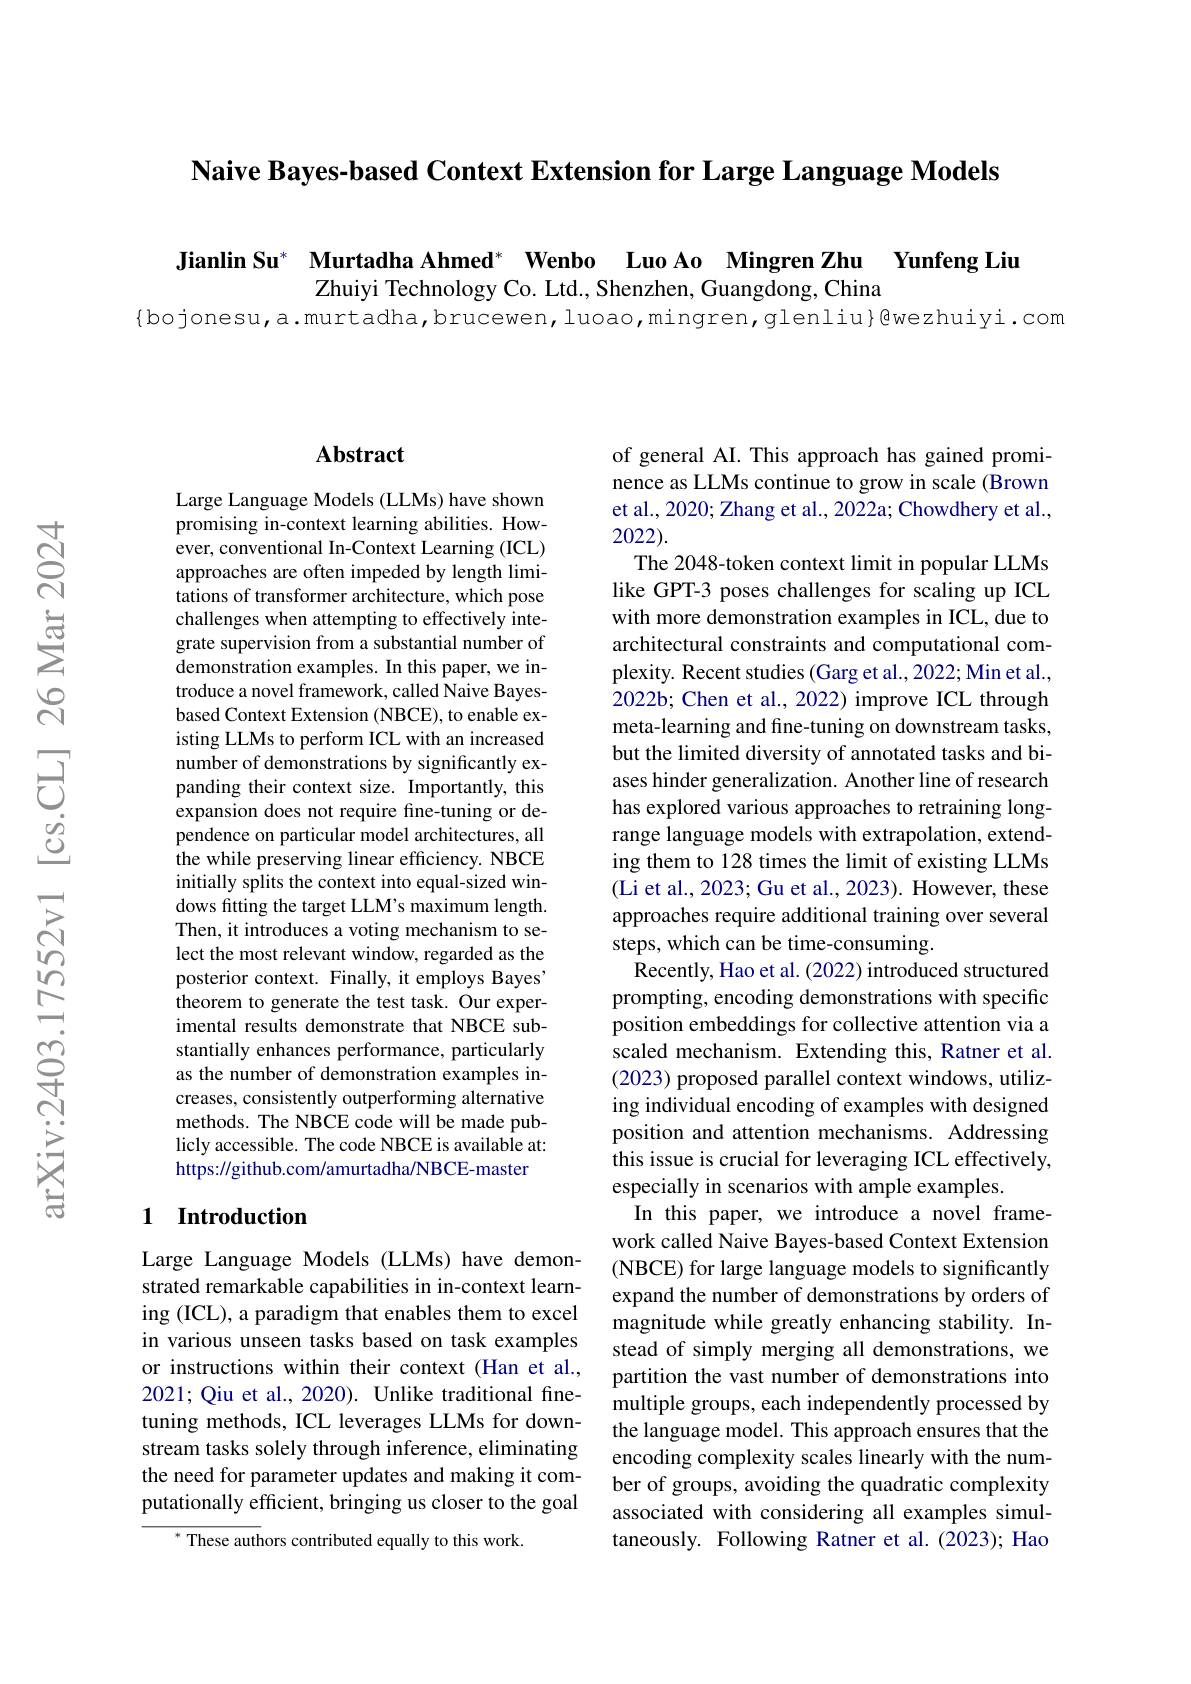
Naive Bayes-based Context Extension for Large Language Models

Jianlin Su* Murtadha Ahmed* Wenbo Luo Ao Mingren Zhu Yunfeng Liu

Zhuiyi Technology Co. Ltd., Shenzhen, Guangdong, China
{bojonesu,a.murtadha,brucewen,luoao,mingren,glenliu}@wezhuiyi.com

## Abstract

Large Language Models (LLMs) have shown promising in-context learning abilities. However, conventional In-Context Learning (ICL) approaches are often impeded by length limitations of transformer architecture, which pose challenges when attempting to effectively integrate supervision from a substantial number of demonstration examples. In this paper, we introduce a novel framework, called Naive Bayesbased Context Extension (NBCE), to enable existing LLMs to perform ICL with an increased number of demonstrations by significantly expanding their context size. Importantly, this expansion does not require fine-tuning or dependence on particular model architectures, all the while preserving linear efficiency. NBCE initially splits the context into equal-sized windows fitting the target LLM's maximum length. Then, it introduces a voting mechanism to select the most relevant window, regarded as the posterior context. Finally, it employs Bayes' theorem to generate the test task. Our experimental results demonstrate that NBCE substantially enhances performance, particularly as the number of demonstration examples increases, consistently outperforming alternative methods. The NBCE code will be made publicly accessible. The code NBCE is available at: https://github.com/amurtadha/NBCE-master

## 1 Introduction

Large Language Models (LLMs) have demonstrated remarkable capabilities in in-context learning (ICL), a paradigm that enables them to excel in various unseen tasks based on task examples or instructions within their context (Han et al., 2021; Qiu et al., 2020). Unlike traditional finetuning methods, ICL leverages LLMs for downstream tasks solely through inference, eliminating the need for parameter updates and making it computationally efficient, bringing us closer to the goal
These authors contributed equally to this work.

of general AI. This approach has gained prominence as LLMs continue to grow in scale (Brown et al., 2020; Zhang et al., 2022a; Chowdhery et al., 2022).
The 2048-token context limit in popular LLMs like GPT-3 poses challenges for scaling up ICL with more demonstration examples in ICL, due to architectural constraints and computational complexity. Recent studies (Garg et al., 2022; Min et al., 2022b; Chen et al., 2022) improve ICL through meta-learning and fine-tuning on downstream tasks, but the limited diversity of annotated tasks and biases hinder generalization. Another line of research has explored various approaches to retraining longrange language models with extrapolation, extending them to 128 times the limit of existing LLMs (Li et al., 2023; Gu et al., 2023). However, these approaches require additional training over several steps, which can be time-consuming.
Recently, Hao et al. (2022) introduced structured prompting, encoding demonstrations with specific position embeddings for collective attention via a scaled mechanism. Extending this, Ratner et al. (2023) proposed parallel context windows, utilizing individual encoding of examples with designed position and attention mechanisms. Addressing this issue is crucial for leveraging ICL effectively, especially in scenarios with ample examples.
In this paper, we introduce a novel framework called Naive Bayes-based Context Extension (NBCE) for large language models to significantly expand the number of demonstrations by orders of magnitude while greatly enhancing stability. Instead of simply merging all demonstrations, we partition the vast number of demonstrations into multiple groups, each independently processed by the language model. This approach ensures that the encoding complexity scales linearly with the number of groups, avoiding the quadratic complexity associated with considering all examples simultaneously. Following Ratner et al.(2023); Hao